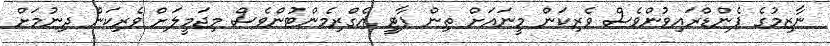
ނާޒިމުގެ ޕެންޑްރައިވުންވެސް ވެރިކަން މީނައަށް ތިން ޕާޓީ އެގްރިމެންޓުންވެސް މިޖަމީލަށް ވެރިކަން ދިނުމަށް